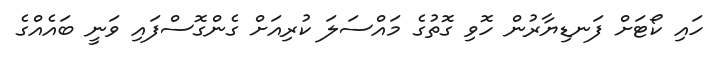
ހައި ކޯޓަށް ފަނޑިޔާރުން ހޮވި ގޮތުގެ މައްސަލަ ކުރިއަށް ގެންގޮސްފައި ވަނީ ބައެއްގެ